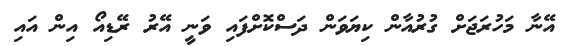
އޭނާ މަހުރަޖަށް ގުރުއާން ކިޔަވަން ދަސްކޮށްފައި ވަނީ އޭރު ރޭޑިއޯ އިން އައި